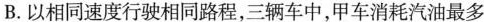
B.以相同速度行驶相同路程，三辆车中，甲车消耗汽油最多